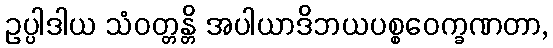
ဥပ္ပါဒါယ သံဝတ္တန္တိ အပါယာဒိဘယပစ္စဝေက္ခဏတာ,